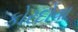
કોરદોવા